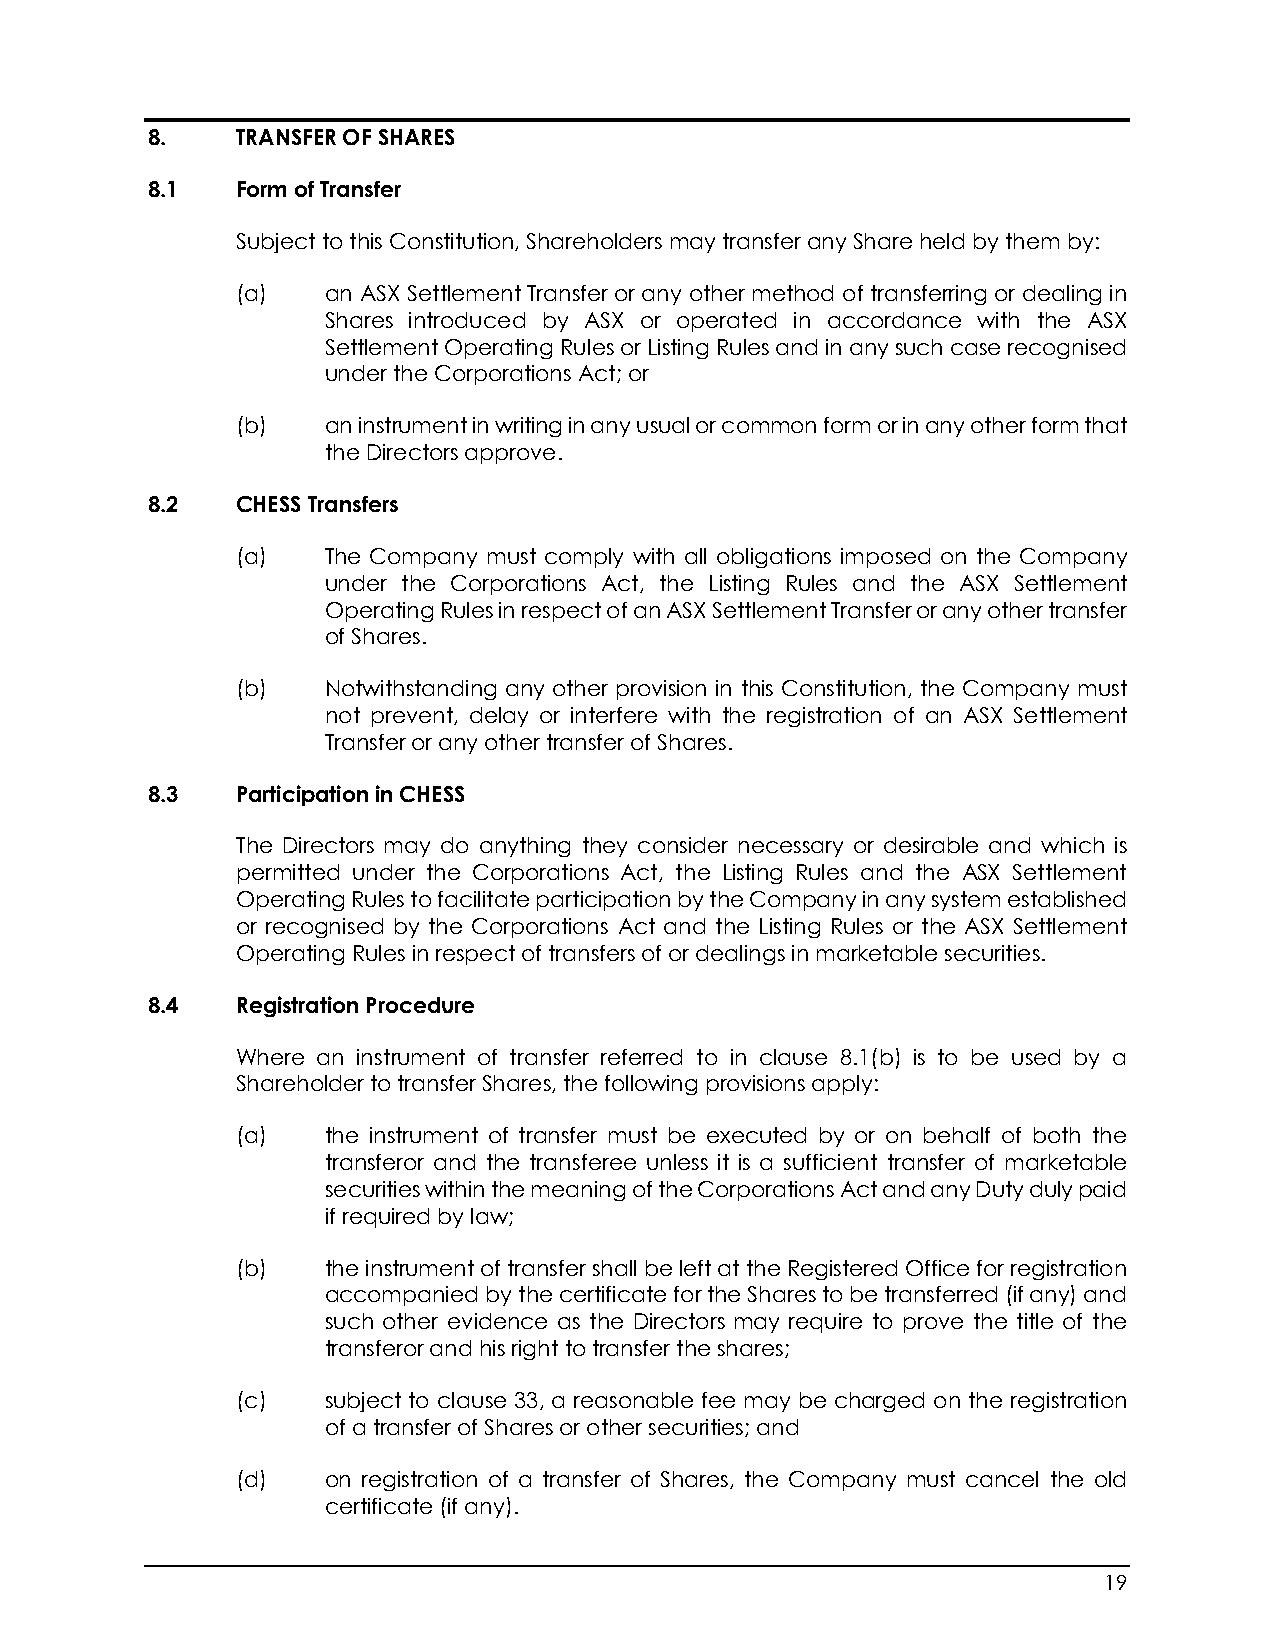
8.    TRANSFER OF SHARES
 8.1   Form of Transfer
 Subject to this Constitution, Shareholders may transfer any Share held by them by:
 (a)   an ASX Settlement Transfer or any other method of transferring or dealing in
 Shares introduced by ASX or operated in accordance with the ASX
 Settlement Operating Rules or Listing Rules and in any such case recognised
 under the Corporations Act; or
 (b)   an instrument in writing in any usual or common form or in any other form that
 the Directors approve.
 8.2   CHESS Transfers
 (a)   The Company must comply with all obligations imposed on the Company
 under the Corporations Act, the Listing Rules and the ASX Settlement
 Operating Rules in respect of an ASX Settlement Transfer or any other transfer
 of Shares.
 (b)   Notwithstanding any other provision in this Constitution, the Company must
 not prevent, delay or interfere with the registration of an ASX Settlement
 Transfer or any other transfer of Shares.
 8.3   Participation in CHESS
 The Directors may do anything they consider necessary or desirable and which is
 permitted under the Corporations Act, the Listing Rules and the ASX Settlement
 Operating Rules to facilitate participation by the Company in any system established
 or recognised by the Corporations Act and the Listing Rules or the ASX Settlement
 Operating Rules in respect of transfers of or dealings in marketable securities.
 8.4   Registration Procedure
 Where an instrument of transfer referred to in clause 8.1(b) is to be used by a
 Shareholder to transfer Shares, the following provisions apply:
 (a)   the instrument of transfer must be executed by or on behalf of both the
 transferor and the transferee unless it is a sufficient transfer of marketable
 securities within the meaning of the Corporations Act and any Duty duly paid
 if required by law;
 (b)   the instrument of transfer shall be left at the Registered Office for registration
 accompanied by the certificate for the Shares to be transferred (if any) and
 such other evidence as the Directors may require to prove the title of the
 transferor and his right to transfer the shares;
 (c)   subject to clause 33, a reasonable fee may be charged on the registration
 of a transfer of Shares or other securities; and
 (d)   on registration of a transfer of Shares, the Company must cancel the old
 certificate (if any).
 19